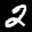
Label: 2